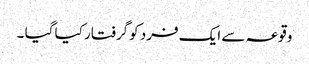
وقوعہ سے ایک فرد کوگرفتار کیا گیا ۔